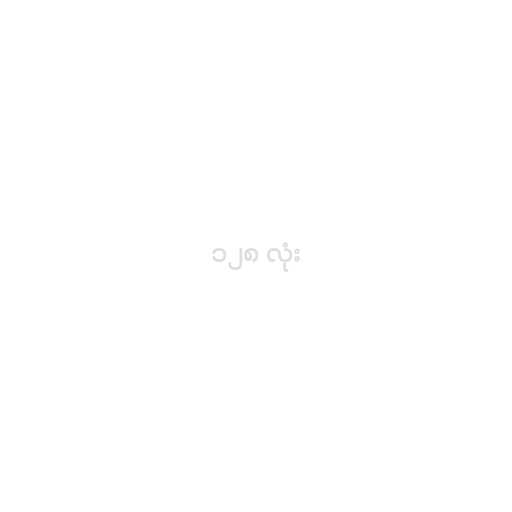
၁၂၈ လုံး